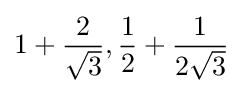
1+{\frac {2}{\sqrt {3}}},{\frac {1}{2}}+{\frac {1}{2{\sqrt {3}}}}